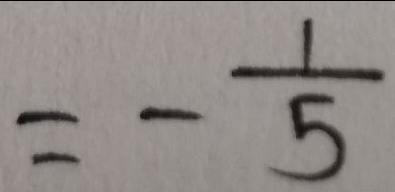
= - \frac { 1 } { 5 }